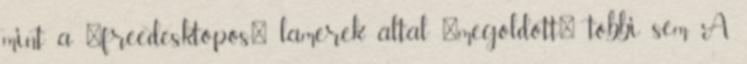
mint a "freedesktopos" lamerek által "megoldott" többi sem. A